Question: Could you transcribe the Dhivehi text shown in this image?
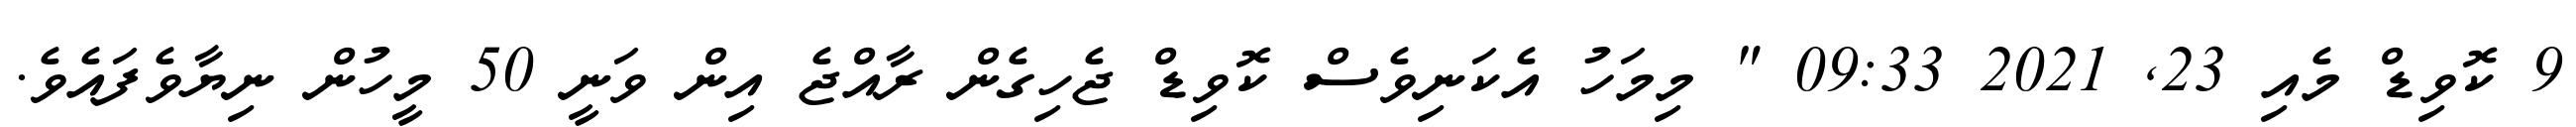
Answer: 9 ކޮވިޑް މެއި 23, 2021 09:33 " މިމަހު އެކަނިވެސް ކޮވިޑް ޖެހިގެން ރާއްޖެ އިން ވަނީ 50 މީހުން ނިޔާވެފައެވެ.